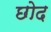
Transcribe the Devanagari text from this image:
छोद